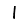
Digit: 1